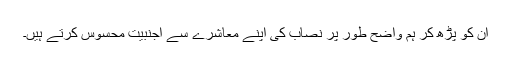
ان کو پڑھ کر ہم واضح طور پر نصاب کی اپنے معاشرے سے اجنبیت محسوس کرتے ہیں۔